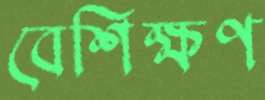
বেশিক্ষণ